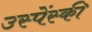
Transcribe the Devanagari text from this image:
उस्पेंस्की